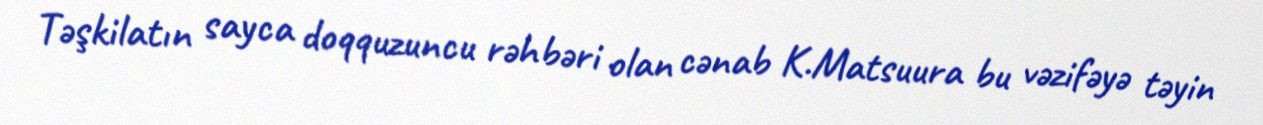
Təşkilatın sayca doqquzuncu rəhbəri olan cənab K.Matsuura bu vəzifəyə təyin